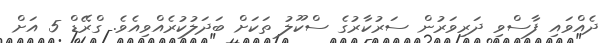
ދެއްވައި ފާސްވި ދަރިވަރުން ސަރުކާރުގެ ސްކޫލު ތަކަށް ބަދަލުކުރެއްވިއެވެ. ގްރޭޑް 5 އަށް